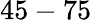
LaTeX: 45-75